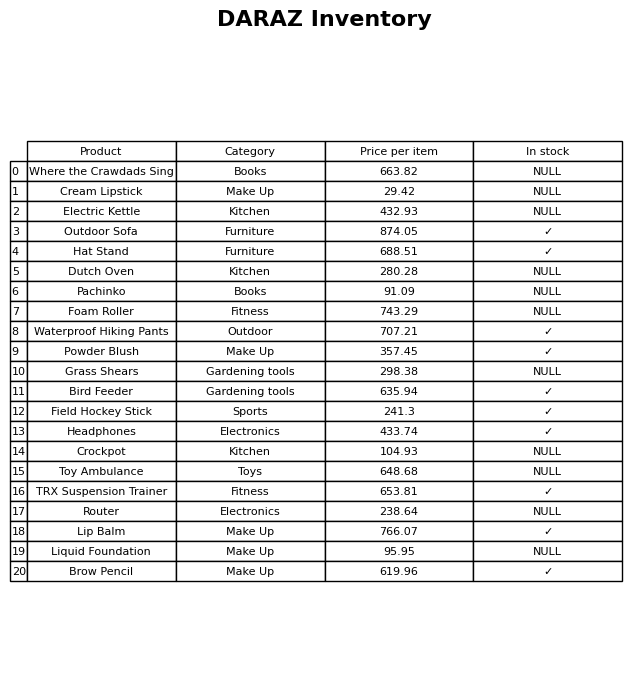
question: What is the price for Electric Kettle?
answer: The price of Electric Kettle is 432.93.